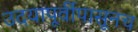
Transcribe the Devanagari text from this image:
उदयापूर्वीपासूनच